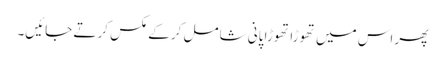
پھر اس میں تھوڑا تھوڑا پانی شامل کر کے مکس کرتے جائیں۔